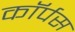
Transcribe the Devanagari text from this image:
काॅर्पस